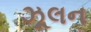
ઝૂલન